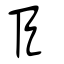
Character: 臣